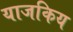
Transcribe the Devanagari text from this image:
याजकिय